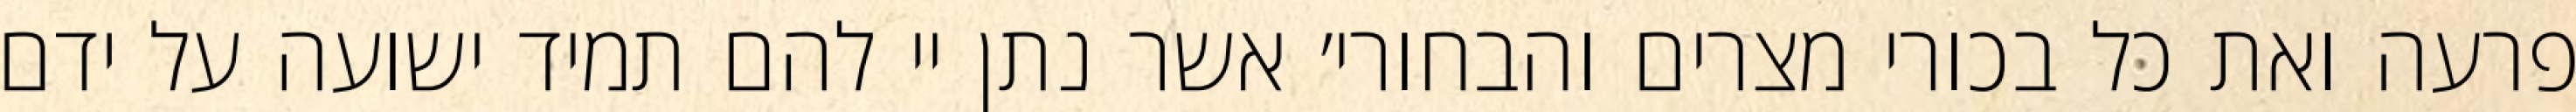
פרעה ואת כל בכורי מצרים והבחורי׳ אשר נתן יי להם תמיד ישועה על ידם